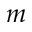
m